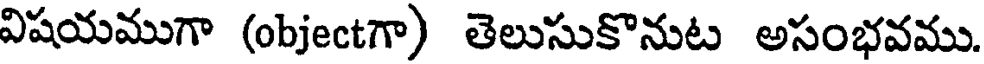
విషయముగా (objectగా) తెలుసుకొనుట అసంభవము.